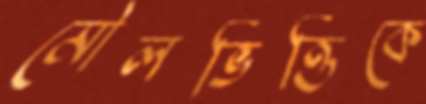
মৌলভিত্তিকে